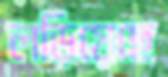
লড়িয়েছে